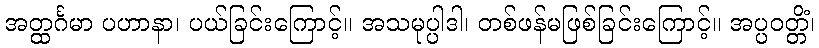
အတ္ထင်္ဂမာ ပဟာနာ၊ ပယ်ခြင်းကြောင့်။ အသမုပ္ပါဒါ၊ တစ်ဖန်မဖြစ်ခြင်းကြောင့်။ အပ္ပဝတ္တိံ၊